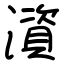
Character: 澬